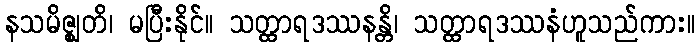
နသမိဇ္ဈတိ၊ မပြီးနိုင်။ သတ္ထာရဒဿနန္တိ၊ သတ္ထာရဒဿနံဟူသည်ကား။